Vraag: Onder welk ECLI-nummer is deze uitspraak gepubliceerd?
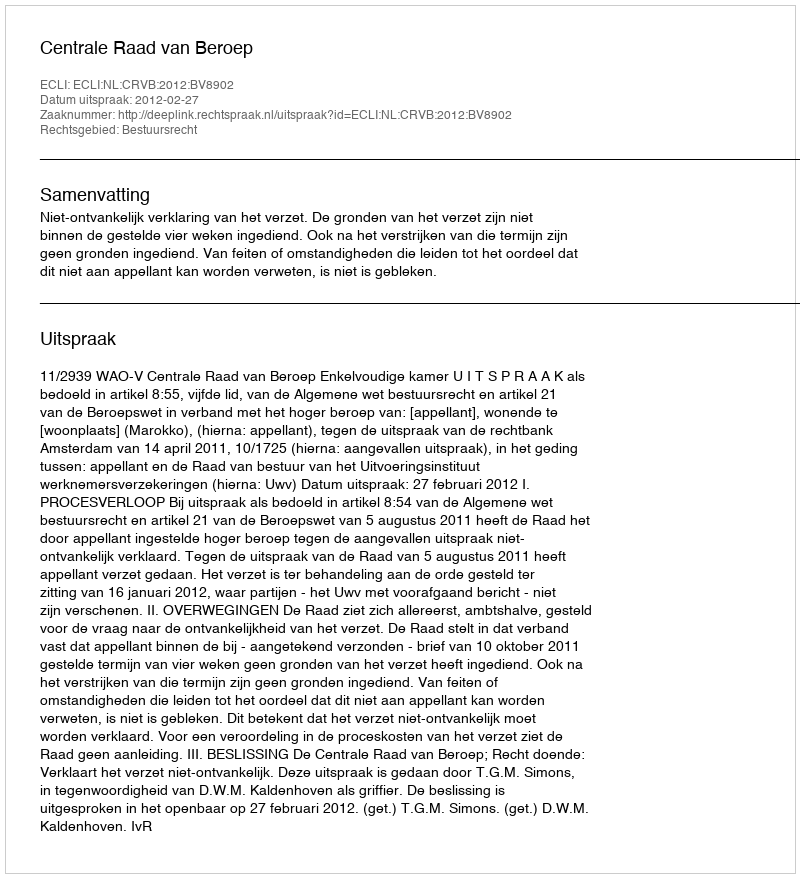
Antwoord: ECLI:NL:CRVB:2012:BV8902